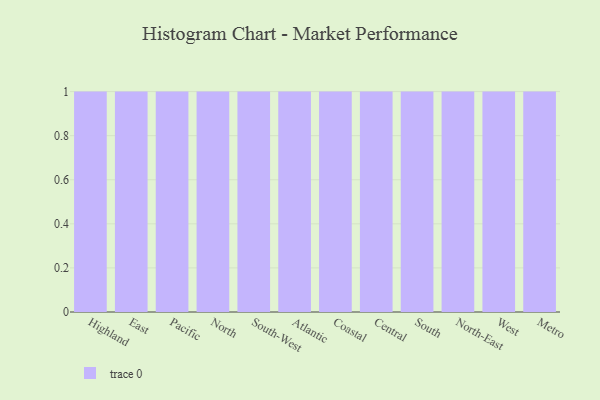
{"axis": {"x": "Region", "y": "Operating Costs (USD K)"}, "legend": [""], "data": [{"x": "Highland", "y": 94, "type": ""}, {"x": "East", "y": 76, "type": ""}, {"x": "Pacific", "y": 66, "type": ""}, {"x": "North", "y": 8, "type": ""}, {"x": "South-West", "y": 41, "type": ""}, {"x": "Atlantic", "y": 44, "type": ""}, {"x": "Coastal", "y": 86, "type": ""}, {"x": "Central", "y": 40, "type": ""}, {"x": "South", "y": 83, "type": ""}, {"x": "North-East", "y": 16, "type": ""}, {"x": "West", "y": 17, "type": ""}, {"x": "Metro", "y": 71, "type": ""}]}